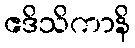
ဧဒိသိကာနိ